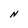
Character: N